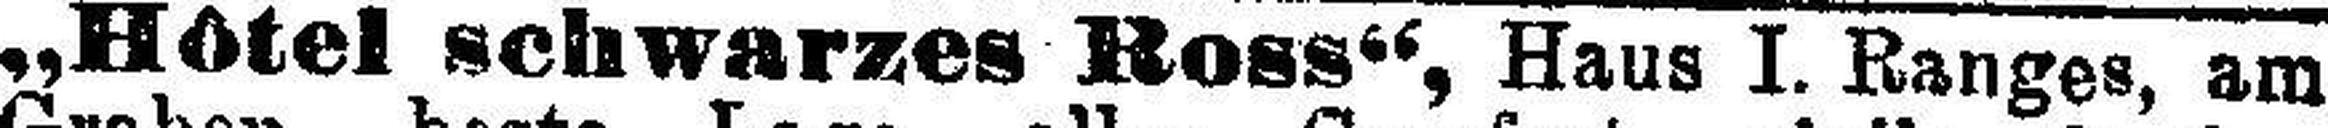
„Hôtel schwarzes Ross“, Haus I. Ranges, am